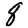
Digit: 8